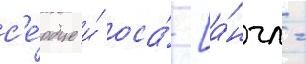
с'е́рдце и́ оса́ [а́нгл.